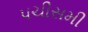
પચીસમી